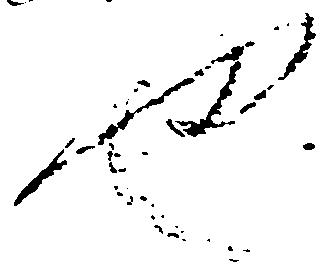
也